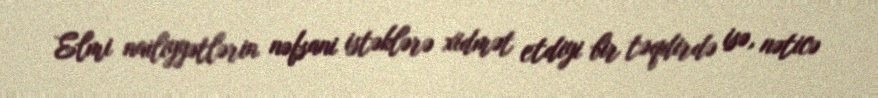
Elmi nailiyyətlərin nəfsani istəklərə xidmət etdiyi bir təqdirdə isə, nəticə